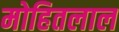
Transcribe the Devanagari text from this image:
मोहितलाल